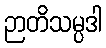
ဉာတိသမ္ပဒါ